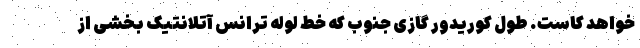
خواهد کاست. طول کوریدور گازی جنوب که خط لوله ترانس آتلانتیک بخشی از